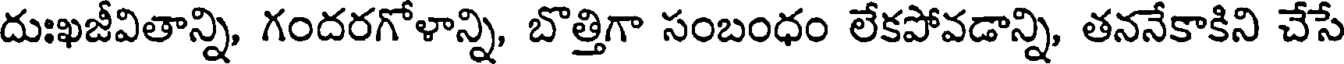
దుఃఖజీవితాన్ని, గందరగోళాన్ని, బొత్తిగా సంబంధం లేకపోవడాన్ని, తననేకాకిని చేసే